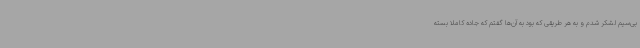
بی‌سیم لشکر شدم و به هر طریقی که بود به آن‌ها گفتم که جاده کاملا بسته